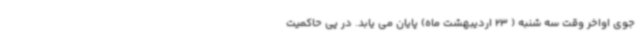
جوی اواخر وقت سه شنبه ( 23 اردیبهشت ماه) پایان می یابد. در پی حاکمیت